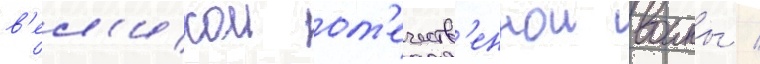
в'ел'икои от'ечеств'еннои воины /